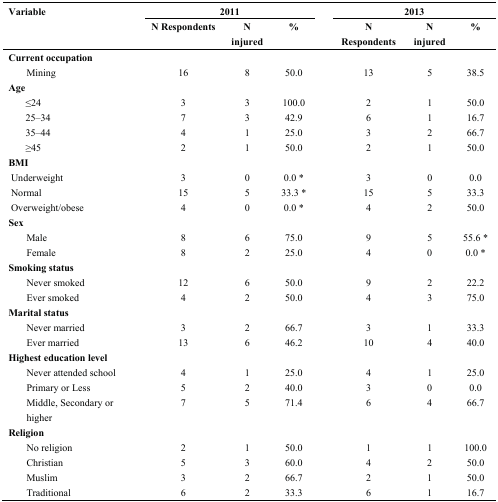
| <ROWSPAN=2> Variable | <COLSPAN=3> 2011 |  | <COLSPAN=3> 2013 |
 | N Respondents | N injured | % |  | N Respondents | N injured | % |
 | --- | --- | --- | --- | --- | --- | --- | --- |
 | Current occupation |  |  |  |  |  |  |  |
 | Mining | 16 | 8 | 50.0 |  | 13 | 5 | 38.5 |
 | Age |  |  |  |  |  |  |  |
 | ≤24 | 3 | 3 | 100.0 |  | 2 | 1 | 50.0 |
 | 25–34 | 7 | 3 | 42.9 |  | 6 | 1 | 16.7 |
 | 35–44 | 4 | 1 | 25.0 |  | 3 | 2 | 66.7 |
 | ≥45 | 2 | 1 | 50.0 |  | 2 | 1 | 50.0 |
 | BMI |  |  |  |  |  |  |  |
 | Underweight | 3 | 0 | 0.0 * |  | 3 | 0 | 0.0 |
 | Normal | 15 | 5 | 33.3 * |  | 15 | 5 | 33.3 |
 | Overweight/obese | 4 | 0 | 0.0 * |  | 4 | 2 | 50.0 |
 | Sex |  |  |  |  |  |  |  |
 | Male | 8 | 6 | 75.0 |  | 9 | 5 | 55.6 * |
 | Female | 8 | 2 | 25.0 |  | 4 | 0 | 0.0 * |
 | Smoking status |  |  |  |  |  |  |  |
 | Never smoked | 12 | 6 | 50.0 |  | 9 | 2 | 22.2 |
 | Ever smoked | 4 | 2 | 50.0 |  | 4 | 3 | 75.0 |
 | Marital status |  |  |  |  |  |  |  |
 | Never married | 3 | 2 | 66.7 |  | 3 | 1 | 33.3 |
 | Ever married | 13 | 6 | 46.2 |  | 10 | 4 | 40.0 |
 | Highest education level |  |  |  |  |  |  |  |
 | Never attended school | 4 | 1 | 25.0 |  | 4 | 1 | 25.0 |
 | Primary or Less | 5 | 2 | 40.0 |  | 3 | 0 | 0.0 |
 | Middle, Secondary or higher | 7 | 5 | 71.4 |  | 6 | 4 | 66.7 |
 | Religion |  |  |  |  |  |  |  |
 | No religion | 2 | 1 | 50.0 |  | 1 | 1 | 100.0 |
 | Christian | 5 | 3 | 60.0 |  | 4 | 2 | 50.0 |
 | Muslim | 3 | 2 | 66.7 |  | 2 | 1 | 50.0 |
 | Traditional | 6 | 2 | 33.3 |  | 6 | 1 | 16.7 |